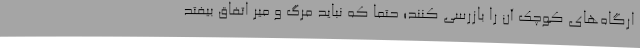
ارگاه‌های کوچک آن را بازرسی کنند؛ حتماً که نباید مرگ و میر اتفاق بیفتد